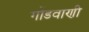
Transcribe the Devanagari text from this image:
गोंडवाणी